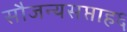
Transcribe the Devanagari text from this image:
सौजन्यसप्ताह६